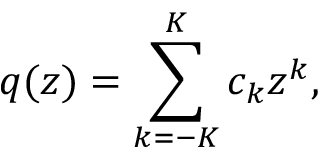
q ( z ) = \sum _ { k = - K } ^ { K } c _ { k } z ^ { k } ,